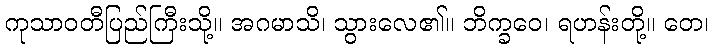
ကုသာဝတီပြည်ကြီးသို့။ အဂမာသိ၊ သွားလေ၏။ ဘိက္ခဝေ၊ ရဟန်းတို့။ တေ၊